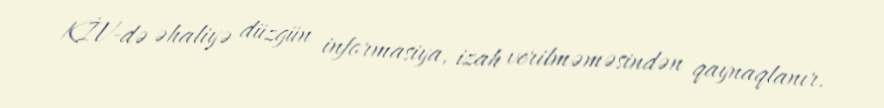
KİV-də əhaliyə düzgün informasiya, izah verilməməsindən qaynaqlanır.